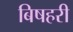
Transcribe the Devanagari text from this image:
बिषहरी